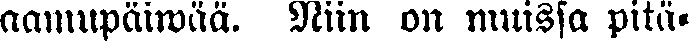
aamupäiwää. Niin on muissa pitä-